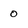
Character: o